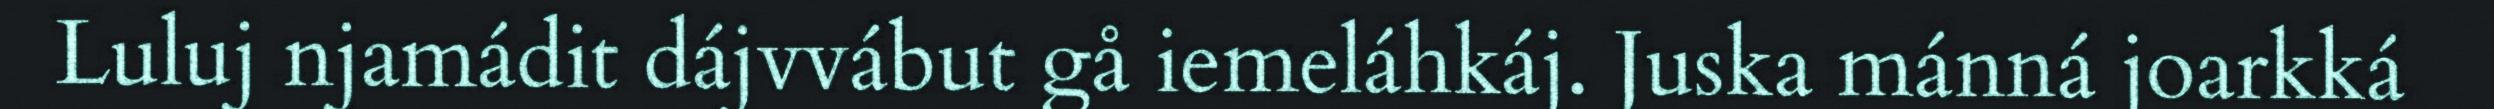
Luluj njamádit dájvvábut gå iemeláhkáj. Juska mánná joarkká